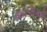
માટલાઓ